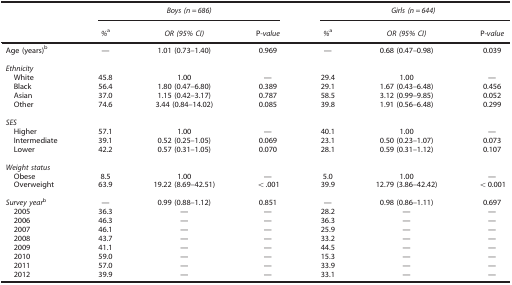
<table><thead><tr><td><b> </b></td><td colspan="3"><b><i>Boys (n=686)</i></b></td><td colspan="3"><b><i>Girls (n=644)</i></b></td></tr><tr><td><b> </b></td><td><b><i>%</i>a</b></td><td><b><i>OR (95% CI)</i></b></td><td><b>P<i>-value</i></b></td><td><b><i>%</i>a</b></td><td><b><i>OR (95% CI)</i></b></td><td><b>P<i>-value</i></b></td></tr></thead><tbody><tr><td>Age (years)b</td><td>—</td><td>1.01 (0.73–1.40)</td><td>0.969</td><td>—</td><td>0.68 (0.47–0.98)</td><td>0.039</td></tr><tr><td colspan="7"> </td></tr><tr><td colspan="7"><i>Ethnicity</i></td></tr><tr><td> White</td><td>45.8</td><td>1.00</td><td>—</td><td>29.4</td><td>1.00</td><td>—</td></tr><tr><td> Black</td><td>56.4</td><td>1.80 (0.47–6.80)</td><td>0.389</td><td>29.1</td><td>1.67 (0.43–6.48)</td><td>0.456</td></tr><tr><td> Asian</td><td>37.0</td><td>1.15 (0.42–3.17)</td><td>0.787</td><td>58.5</td><td>3.12 (0.99–9.85)</td><td>0.052</td></tr><tr><td> Other</td><td>74.6</td><td>3.44 (0.84–14.02)</td><td>0.085</td><td>39.8</td><td>1.91 (0.56–6.48)</td><td>0.299</td></tr><tr><td colspan="7"> </td></tr><tr><td colspan="7"><i>SES</i></td></tr><tr><td> Higher</td><td>57.1</td><td>1.00</td><td>—</td><td>40.1</td><td>1.00</td><td>—</td></tr><tr><td> Intermediate</td><td>39.1</td><td>0.52 (0.25–1.05)</td><td>0.069</td><td>23.1</td><td>0.50 (0.23–1.07)</td><td>0.073</td></tr><tr><td> Lower</td><td>42.2</td><td>0.57 (0.31–1.05)</td><td>0.070</td><td>28.1</td><td>0.59 (0.31–1.12)</td><td>0.107</td></tr><tr><td colspan="7"> </td></tr><tr><td colspan="7"><i>Weight status</i></td></tr><tr><td> Obese</td><td>8.5</td><td>1.00</td><td>—</td><td>5.0</td><td>1.00</td><td>—</td></tr><tr><td> Overweight</td><td>63.9</td><td>19.22 (8.69–42.51)</td><td>&lt;.001</td><td>39.9</td><td>12.79 (3.86–42.42)</td><td>&lt;0.001</td></tr><tr><td colspan="7"> </td></tr><tr><td><i>Survey year</i>b</td><td>—</td><td>0.99 (0.88–1.12)</td><td>0.851</td><td>—</td><td>0.98 (0.86–1.11)</td><td>0.697</td></tr><tr><td> 2005</td><td>36.3</td><td>—</td><td>—</td><td>28.2</td><td>—</td><td>—</td></tr><tr><td> 2006</td><td>46.3</td><td>—</td><td>—</td><td>36.3</td><td>—</td><td>—</td></tr><tr><td> 2007</td><td>46.1</td><td>—</td><td>—</td><td>25.9</td><td>—</td><td>—</td></tr><tr><td> 2008</td><td>43.7</td><td>—</td><td>—</td><td>33.2</td><td>—</td><td>—</td></tr><tr><td> 2009</td><td>41.1</td><td>—</td><td>—</td><td>44.5</td><td>—</td><td>—</td></tr><tr><td> 2010</td><td>59.0</td><td>—</td><td>—</td><td>15.3</td><td>—</td><td>—</td></tr><tr><td> 2011</td><td>57.0</td><td>—</td><td>—</td><td>33.9</td><td>—</td><td>—</td></tr><tr><td> 2012</td><td>39.9</td><td>—</td><td>—</td><td>33.1</td><td>—</td><td>—</td></tr></tbody></table>